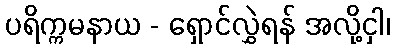
ပရိက္ကမနာယ - ရှောင်လွှဲရန် အလို့ငှါ၊